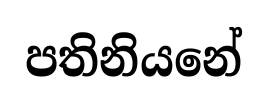
පතිනියනේ